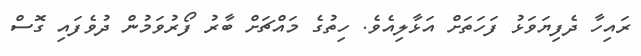
ރައިހާ ދެފިޔަވަޅު ފަހަތަށް އަޅާލިއެވެ. ހިތުގެ މައްޗަށް ބާރު ފޯރުވަމުން ދުވެފައި ގޮސް